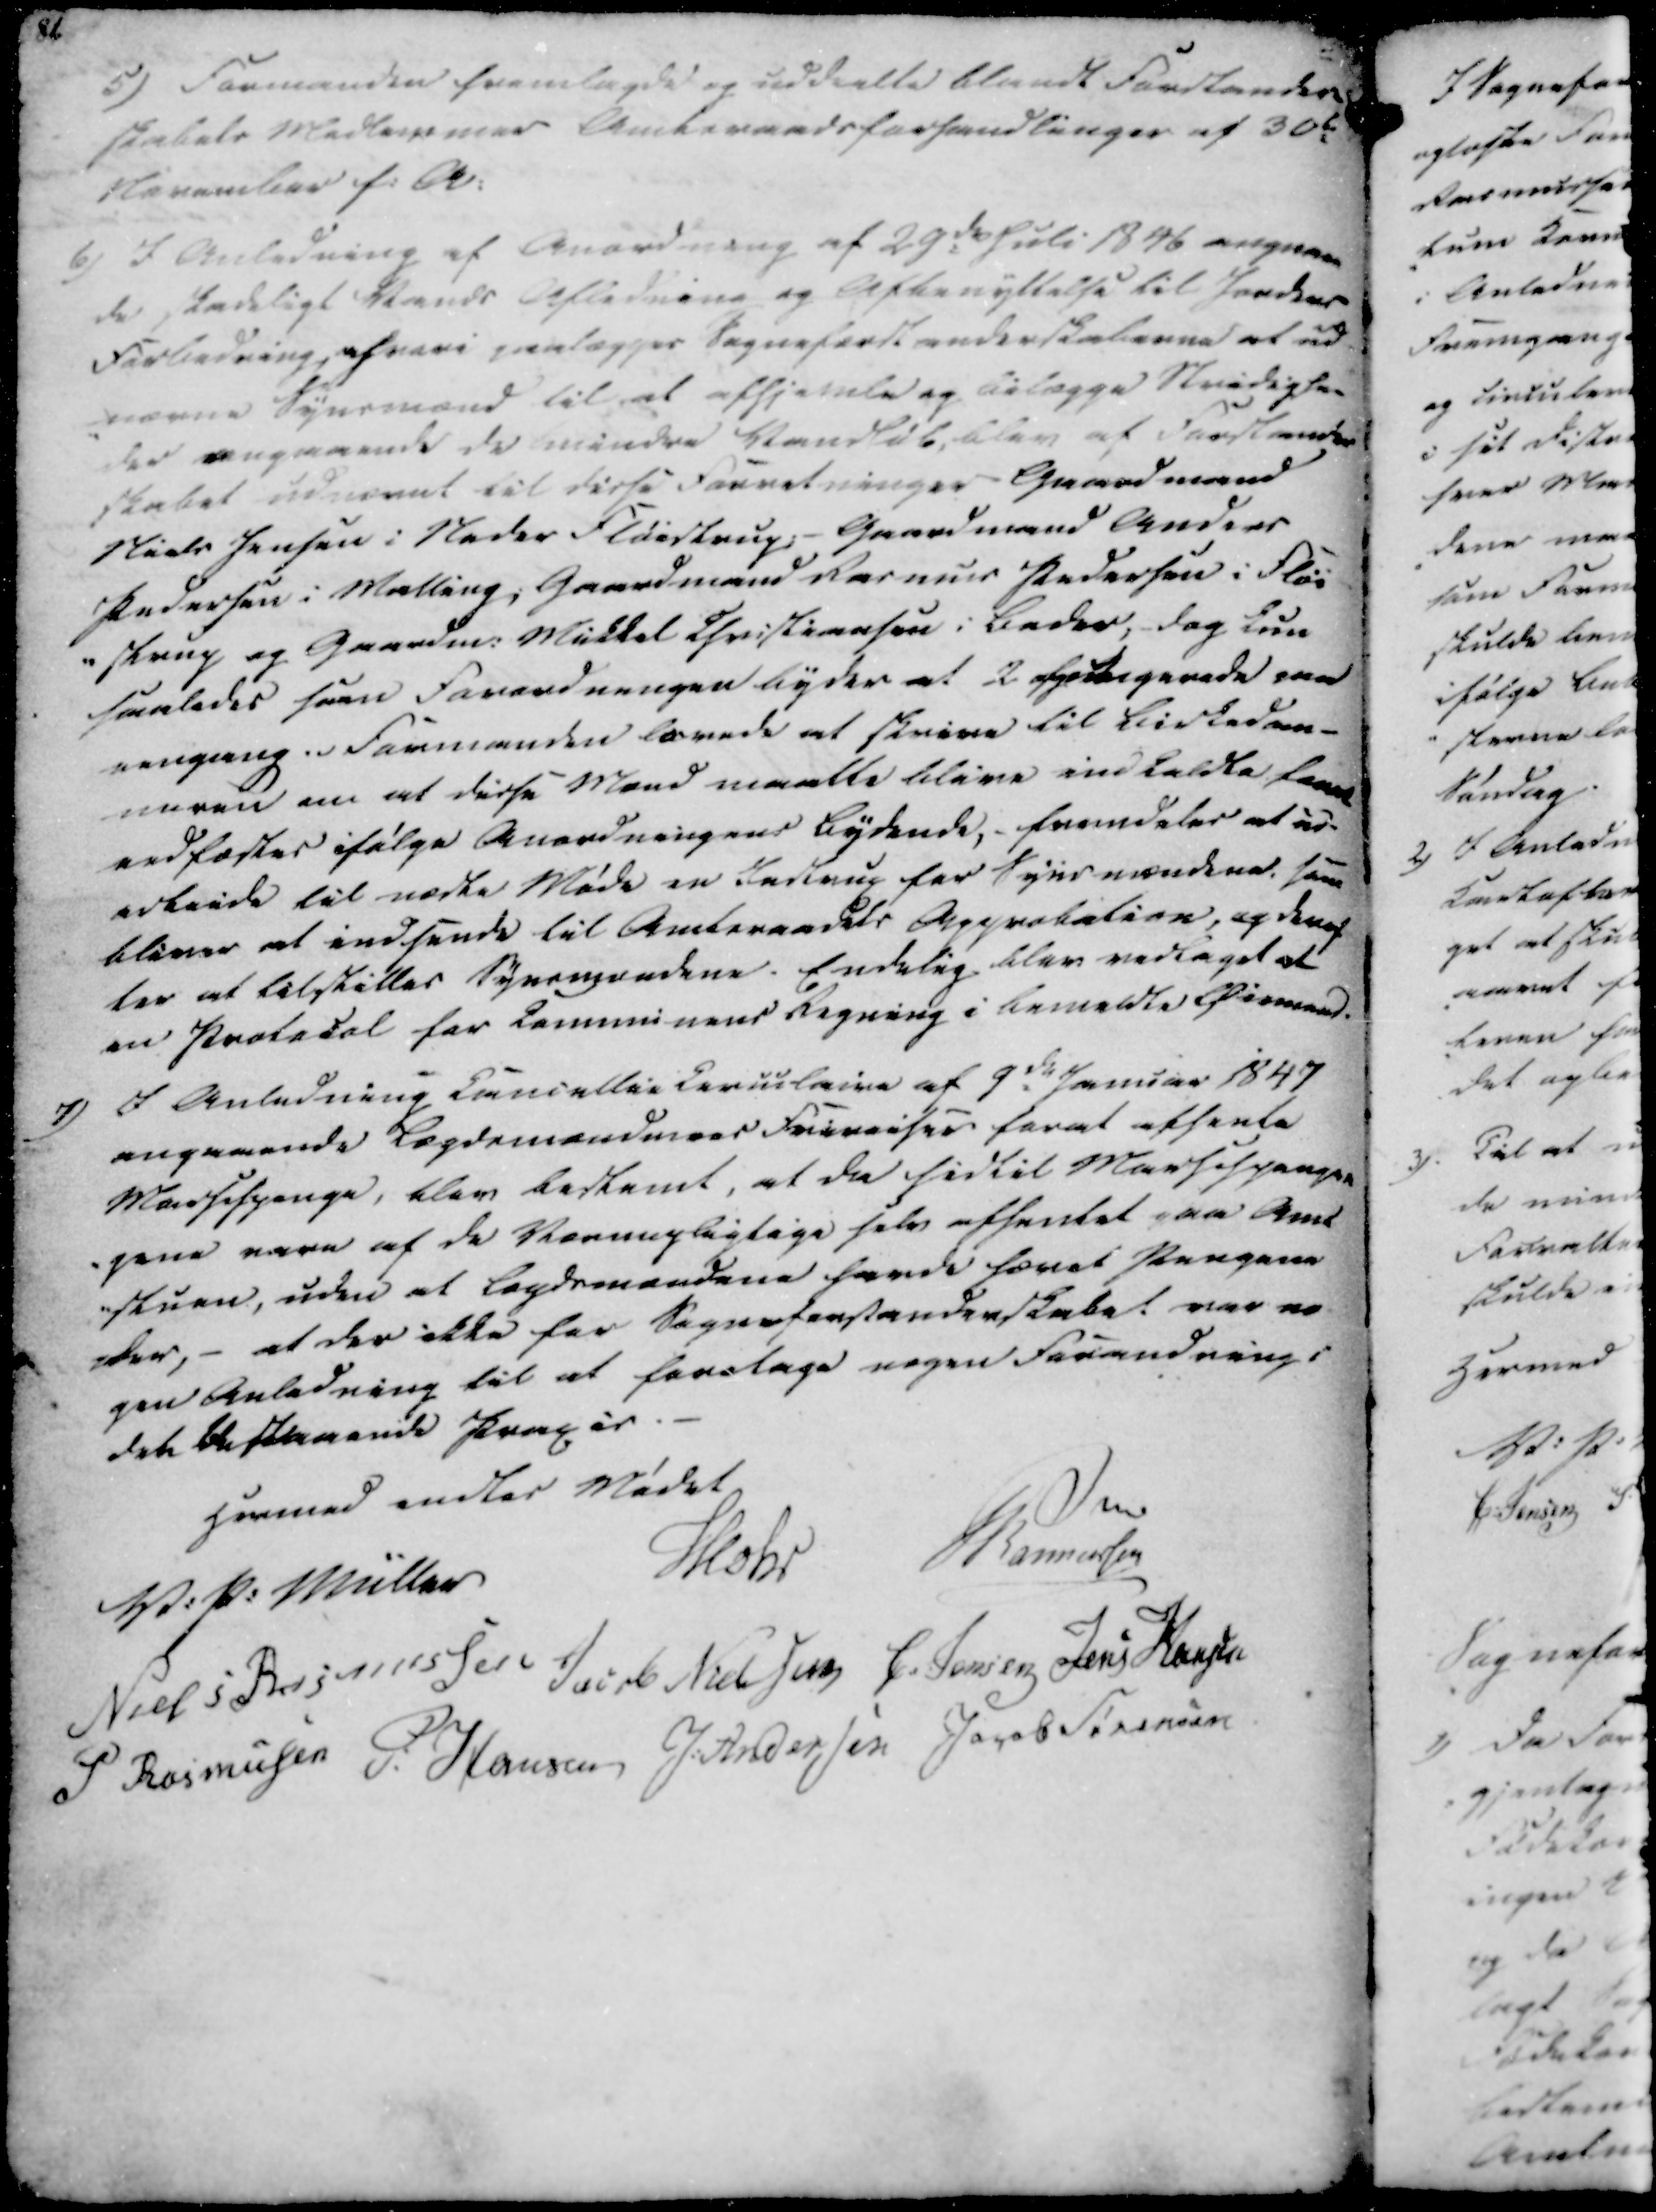
Transskription:
5) Formanden fremlagde og uddeelte blandt Forstander-
skabets Medlemmer Amtsraadsforhandlinger af 30te
November f.A.

6) I Anledning af Anordning af 29de Juli 1846 angaaen
de skadeligt Vands Afledning og Afbenyttelse til Jordbær
Forbedring, ehvori paalægges Sogneforstanderskaberne at ud-
-nævne Synsmænd til at afhjemle og bilægge Stridighe-
der angaaende de mindre Vandløb, blev af Forstander
skabet udnævnt til disse Forretninger Gaardmand
Niels Jensen i Neder Fløistrup; - Gaardmand Anders
Pedersen i Malling; Gaardmand Rasmus Pedersen i Fløi
-strup og Gaardm. Mikkel Christiansen i Beder, dog kun
saaledes som Forordningen nyder at 2 afgede garede paa
eengang. Formanden lovede at skrive til Birkedom-
meren om at disse Mænd maatte blive indkaldte forat
vedfæstes ifølge Anordningens Bydende,- fremdeles at ud-
arbeide til næste Møde en Instrup for Synsmændene, som
bliver at indsende til Amtsraadets Approbation, og deref
ter at tilstilles Synsmændene. Endelig blev vedtaget at
en Protocol for Communens Regning i bemeldte Øiemed.

7) I Anledning Cancellie Circulaire af 9de Januar 1847
angaaende Lægdemændmees Frireiser forat afhente
Marsespenge, blev bestemt, at da hidtil Marsespenge-
gene vare af de Værnepligtige selv afhentet paa Amt
-stuen, uden at Legdsmændene havde hævet Pengene
der, - at der ikke for Sogneforstanderskabet var no
gen Anledning til at foretage nogen Forandring i
det bestaaende Proper.

Hermed endtes Mødet

V. P. Müller
Mohr
Rasmussen

Niels Rasmussen
Jacob Nielsen
C. Jensen
Jens Hansen
P Rasmussen
P. Hansen
J. Andersen
Jacob Sørensen